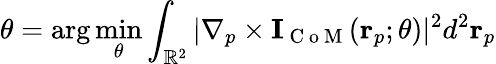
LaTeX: \theta=\arg\operatorname*{min}_{\theta}\int_{\mathbb{R}^{2}}|\nabla_{p}\times\mathbf{I}_{\mathrm{~C~o~M~}}(\mathbf{r}_{p};\theta)|^{2}d^{2}\mathbf{r}_{p}